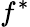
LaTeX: f^{\ast}